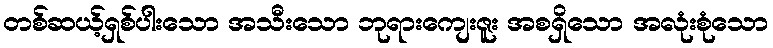
တစ်ဆယ့်ရှစ်ပါးသော အသီးသော ဘုရားကျေးဇူး အစရှိသော အလုံးစုံသော